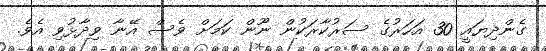
ގެންދިޔައީ 30 އަހަރުގެ ސަރުކާރަކުން ނޫން ކަމަށް ވެސް އޭނާ ވިދާޅުވި އެވެ.